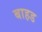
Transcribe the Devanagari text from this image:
बाहड